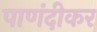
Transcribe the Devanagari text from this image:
पाणंदीकर